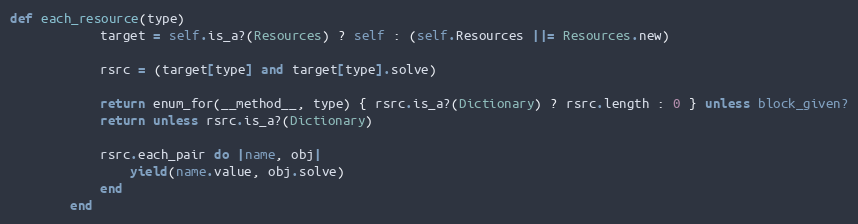
Language: Ruby
def each_resource(type)
            target = self.is_a?(Resources) ? self : (self.Resources ||= Resources.new)

            rsrc = (target[type] and target[type].solve)

            return enum_for(__method__, type) { rsrc.is_a?(Dictionary) ? rsrc.length : 0 } unless block_given?
            return unless rsrc.is_a?(Dictionary)

            rsrc.each_pair do |name, obj|
                yield(name.value, obj.solve)
            end
        end